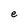
Character: e